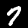
Label: 7